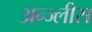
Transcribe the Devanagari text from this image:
अन्ज्लीस